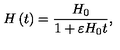
H \left( t \right) = \frac { H _ { 0 } } { 1 + \varepsilon H _ { 0 } t } ,